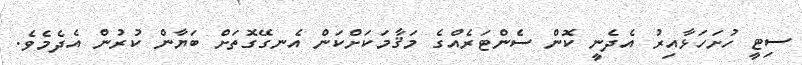
ސިޓީ ހުށަހަޅާއިރު އެދެނީ ކޮން ސެންޓަރެއްގެ މަޤާމަކަށްކަން އެނގޭގޮތަށް ބަޔާން ކުރުން އެދެމެވެ.